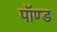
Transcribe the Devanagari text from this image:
पॉण्ड